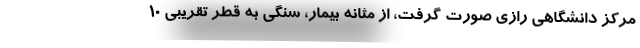
مرکز دانشگاهی رازی صورت گرفت، از مثانه بیمار، سنگی به قطر تقریبی ۱۰